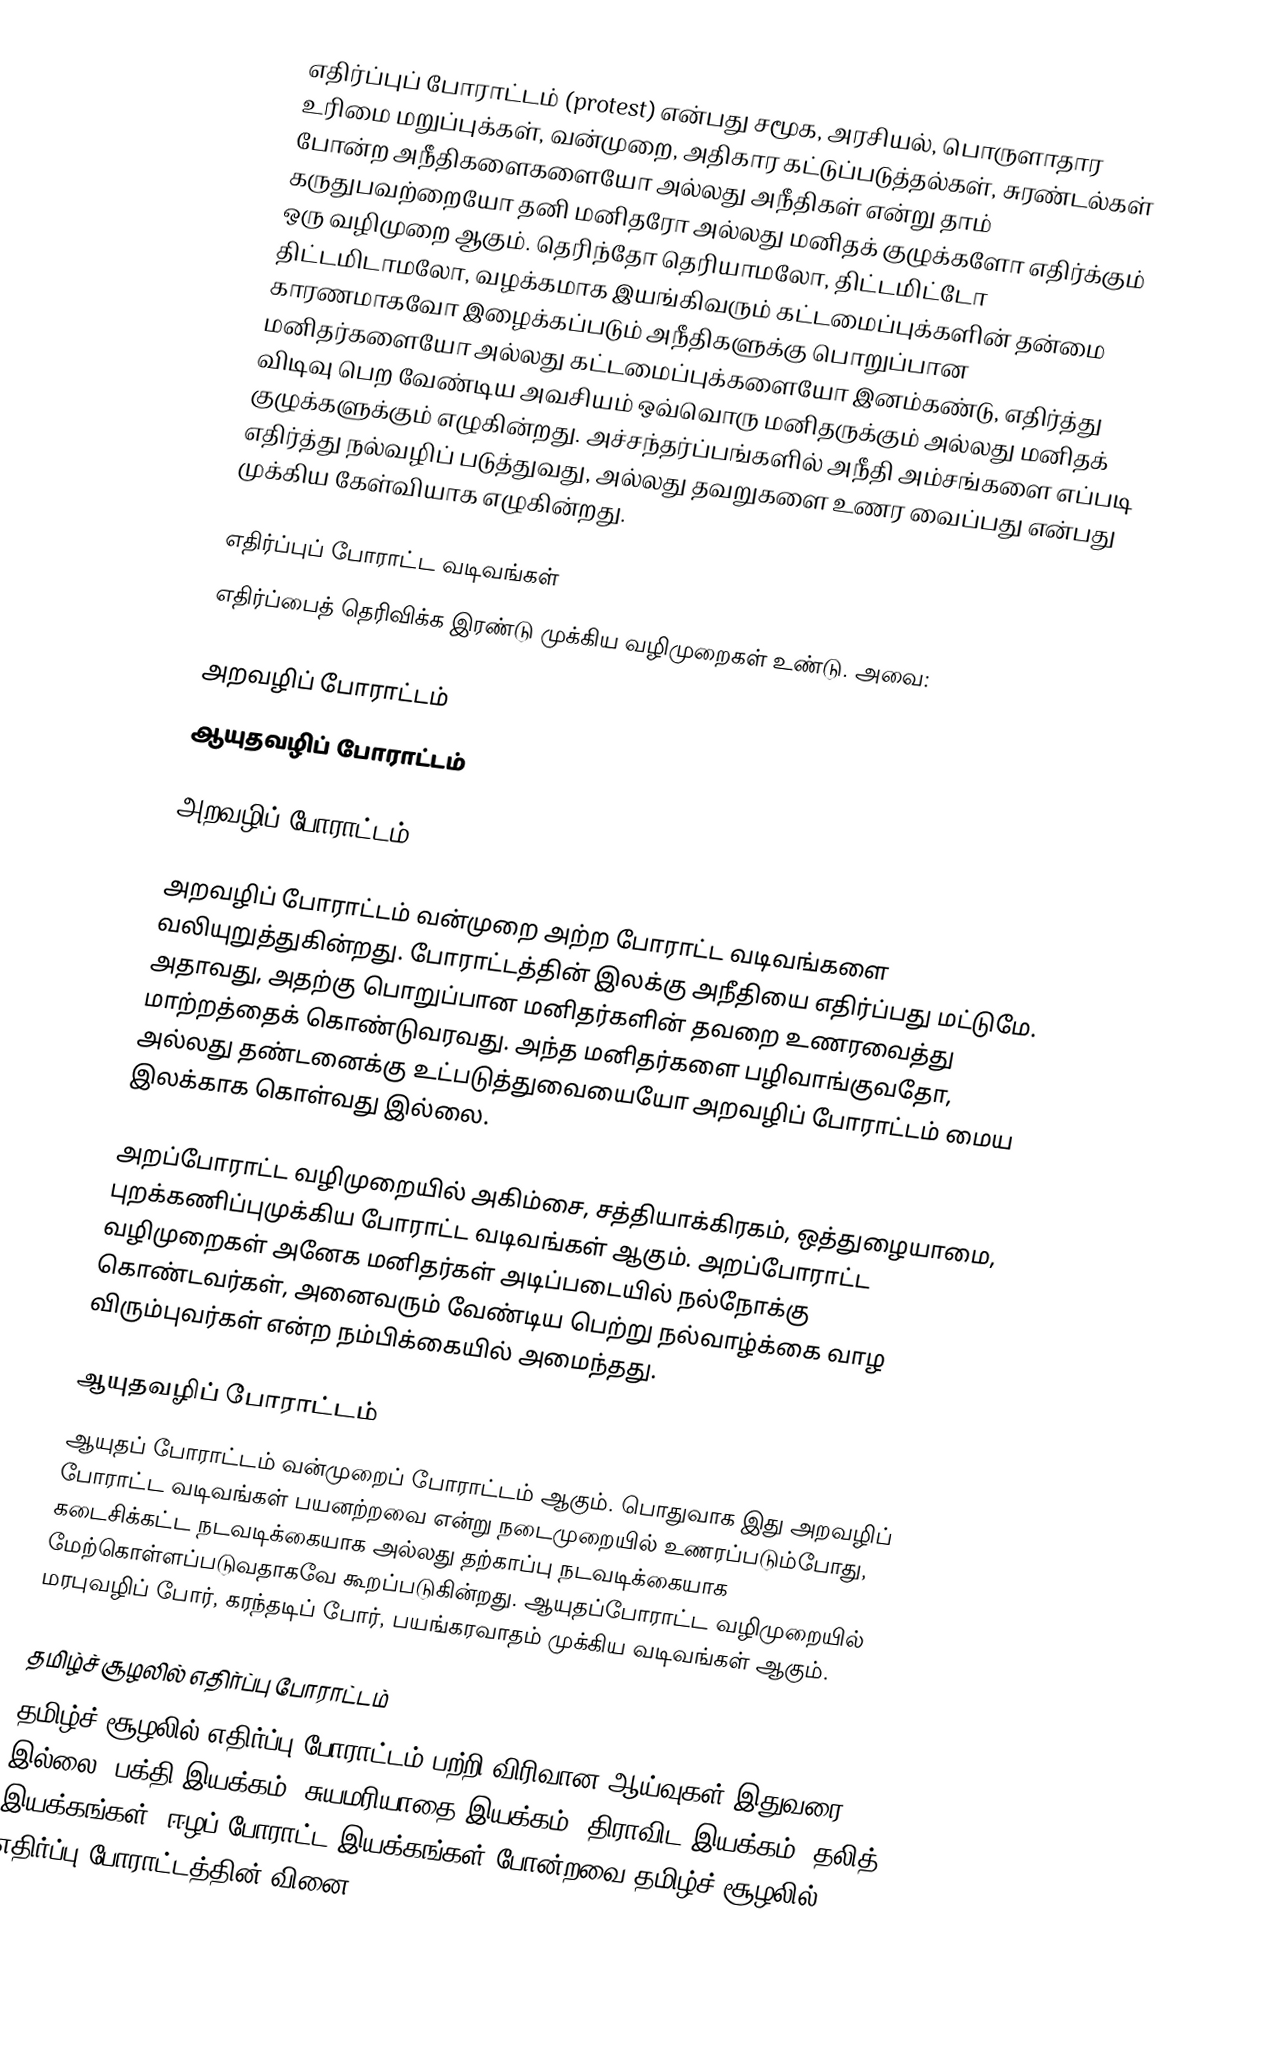
எதிர்ப்புப் போராட்டம் (protest) என்பது சமூக, அரசியல், பொருளாதார உரிமை மறுப்புக்கள், வன்முறை, அதிகார கட்டுப்படுத்தல்கள், சுரண்டல்கள் போன்ற அநீதிகளைகளையோ அல்லது அநீதிகள் என்று தாம் கருதுபவற்றையோ தனி மனிதரோ அல்லது மனிதக் குழுக்களோ எதிர்க்கும் ஒரு வழிமுறை ஆகும். தெரிந்தோ தெரியாமலோ, திட்டமிட்டோ திட்டமிடாமலோ, வழக்கமாக இயங்கிவரும் கட்டமைப்புக்களின் தன்மை காரணமாகவோ இழைக்கப்படும் அநீதிகளுக்கு பொறுப்பான மனிதர்களையோ அல்லது கட்டமைப்புக்களையோ இனம்கண்டு, எதிர்த்து விடிவு பெற வேண்டிய அவசியம் ஒவ்வொரு மனிதருக்கும் அல்லது மனிதக் குழுக்களுக்கும் எழுகின்றது. அச்சந்தர்ப்பங்களில் அநீதி அம்சங்களை எப்படி எதிர்த்து நல்வழிப் படுத்துவது, அல்லது தவறுகளை உணர வைப்பது என்பது முக்கிய கேள்வியாக எழுகின்றது.

எதிர்ப்புப் போராட்ட வடிவங்கள்
எதிர்ப்பைத் தெரிவிக்க இரண்டு முக்கிய வழிமுறைகள் உண்டு. அவை:

 அறவழிப் போராட்டம்
 ஆயுதவழிப் போராட்டம்

அறவழிப் போராட்டம்

அறவழிப் போராட்டம் வன்முறை அற்ற போராட்ட வடிவங்களை வலியுறுத்துகின்றது. போராட்டத்தின் இலக்கு அநீதியை எதிர்ப்பது மட்டுமே. அதாவது, அதற்கு பொறுப்பான மனிதர்களின் தவறை உணரவைத்து மாற்றத்தைக் கொண்டுவரவது. அந்த மனிதர்களை பழிவாங்குவதோ, அல்லது தண்டனைக்கு உட்படுத்துவையையோ அறவழிப் போராட்டம் மைய இலக்காக கொள்வது இல்லை.

அறப்போராட்ட வழிமுறையில் அகிம்சை, சத்தியாக்கிரகம், ஒத்துழையாமை, புறக்கணிப்புமுக்கிய போராட்ட வடிவங்கள் ஆகும். அறப்போராட்ட வழிமுறைகள் அனேக மனிதர்கள் அடிப்படையில் நல்நோக்கு கொண்டவர்கள், அனைவரும் வேண்டிய பெற்று நல்வாழ்க்கை வாழ விரும்புவர்கள் என்ற நம்பிக்கையில் அமைந்தது.

ஆயுதவழிப் போராட்டம்
ஆயுதப் போராட்டம் வன்முறைப் போராட்டம் ஆகும். பொதுவாக இது அறவழிப் போராட்ட வடிவங்கள் பயனற்றவை என்று நடைமுறையில் உணரப்படும்போது, கடைசிக்கட்ட நடவடிக்கையாக அல்லது தற்காப்பு நடவடிக்கையாக மேற்கொள்ளப்படுவதாகவே கூறப்படுகின்றது. ஆயுதப்போராட்ட வழிமுறையில் மரபுவழிப் போர், கரந்தடிப் போர், பயங்கரவாதம் முக்கிய வடிவங்கள் ஆகும்.

தமிழ்ச் சூழலில் எதிர்ப்பு போராட்டம்
தமிழ்ச் சூழலில் எதிர்ப்பு போராட்டம் பற்றி விரிவான ஆய்வுகள் இதுவரை இல்லை. பக்தி இயக்கம், சுயமரியாதை இயக்கம், திராவிட இயக்கம், தலித் இயக்கங்கள், ஈழப் போராட்ட இயக்கங்கள் போன்றவை தமிழ்ச் சூழலில் எதிர்ப்பு போராட்டத்தின் வினை